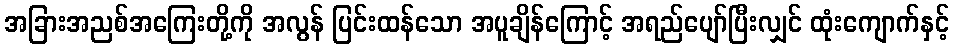
အခြားအညစ်အကြေးတို့ကို အလွန် ပြင်းထန်သော အပူချိန်ကြောင့် အရည်ပျော်ပြီးလျှင် ထုံးကျောက်နှင့်